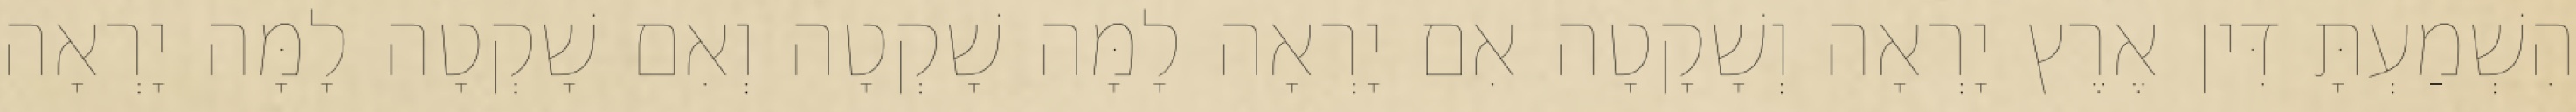
הִשְׁמַעְתָּ דִּין אֶרֶץ יָרְאָה וְשָׁקָטָה אִם יָרְאָה לָמָּה שָׁקְטָה וְאִם שָׁקְטָה לָמָּה יָרְאָה